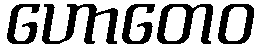
ဟောတေဝ